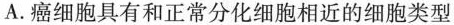
A.癌细胞具有和正常分化细胞相近的细胞类型